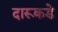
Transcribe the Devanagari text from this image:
दारूकडे